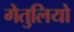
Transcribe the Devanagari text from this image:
गेतुलियो